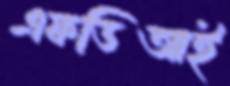
এফডিআই